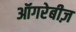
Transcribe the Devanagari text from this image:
ऑगरेबीज़